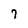
Character: 7